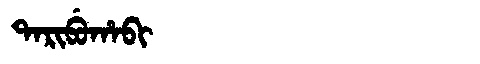
Manchu: ᡨᠠᡵᡳᠪᡠᡥᠠᠪᡳ
Romanization: TARIBUHABI